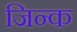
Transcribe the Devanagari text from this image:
जिन्क